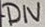
Text: DIV